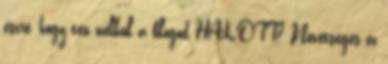
észre, hogy tex nélkül a blogod HALOTT? Nevetséges ez